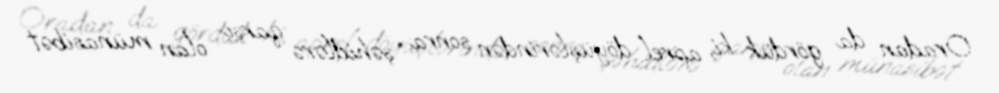
Oradan da gördük ki, aprel döyüşlərindən sonra şəhidlərə qarşı olan münasibət